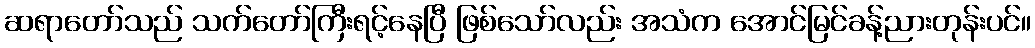
ဆရာတော်သည် သက်တော်ကြီးရင့်နေပြီ ဖြစ်သော်လည်း အသံက အောင်မြင်ခန့်ညားတုန်းပင်။